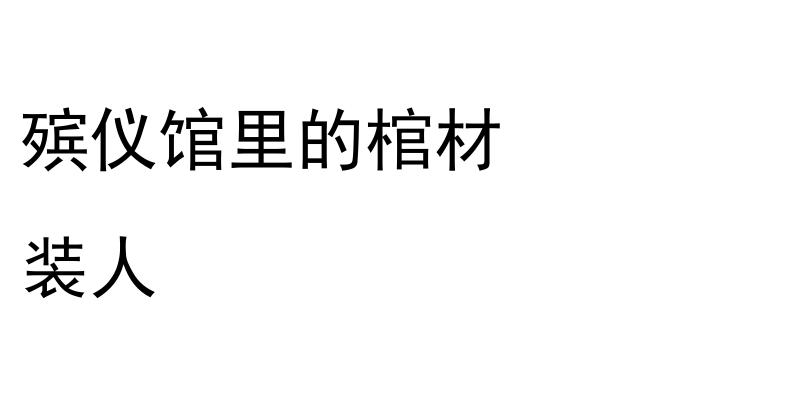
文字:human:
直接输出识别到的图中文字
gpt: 殡仪馆里的棺材 装人